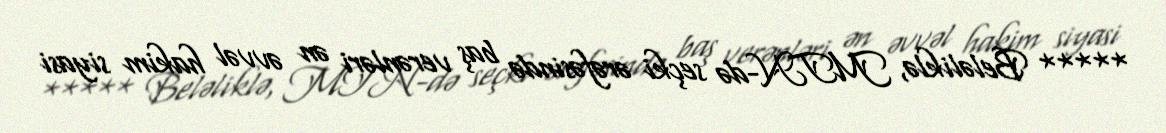
***** Beləliklə, MTN-də seçki ərəfəsində baş verənləri ən əvvəl hakim siyasi